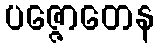
ပဇ္ဇောတေန